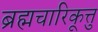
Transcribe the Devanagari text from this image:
ब्रह्मचारिकूत्तु